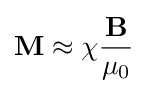
\mathbf {M} \approx \chi {\frac {\mathbf {B} }{\mu _{0}}}